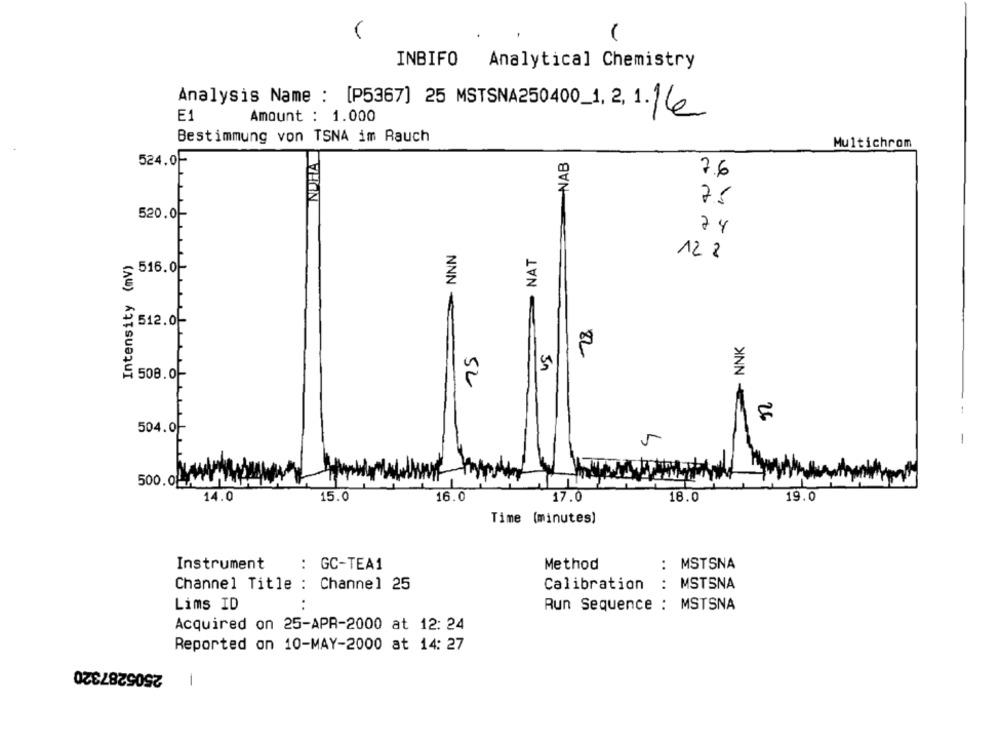
(
INBIFO
Analytical Chemistry
Analysis Name : [P5367] 25 MSTSNA250400_1, 2, 1. 16
E1
Amount : 1.000
Bestimmung von TSNA im Rauch
NOHA
Multichrom
NAB
524.0F
7.6
75
520.0-
74
- NNN
NAT
Intensity (mv)
12 2
516.0-
512.0-
28
NNK
75
US
508.0-
1
504.0
-
500.0MAMA
14.0
15.0
16.0
17.0
18.0
19.0
Time (minutes)
: MSTSNA
Instrument
: GC-TEA1
Method
Channel Title : Channel 25
Calibration
: MSTSNA
..
Lims ID
Run Sequence : MSTSNA
Acquired on 25-APR-2000 at 12: 24
Reported on 10-MAY-2000 at 14: 27
2505287320